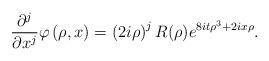
LaTeX: \begin{align*}\frac{\partial^{j}}{\partial x^{j}}\varphi\left( \rho,x\right) =\left(2i\rho\right) ^{j}R(\rho)e^{8it\rho^{3}+2ix\rho}. \end{align*}